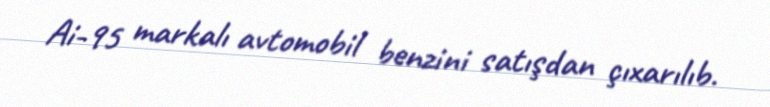
Ai-95 markalı avtomobil benzini satışdan çıxarılıb.